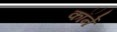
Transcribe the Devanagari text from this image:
कॉर्ने